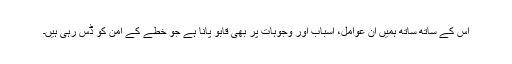
اس کے ساتھ ساتھ ہمیں ان عوامل، اسباب اور وجوہات پر بھی قابو پانا ہے جو خطے کے امن کو ڈس رہی ہیں۔